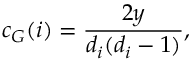
c _ { G } ( i ) = \frac { 2 y } { d _ { i } ( d _ { i } - 1 ) } ,